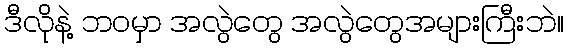
ဒီလိုနဲ့ ဘဝမှာ အလွဲတွေ အလွဲတွေအများကြီးဘဲ။